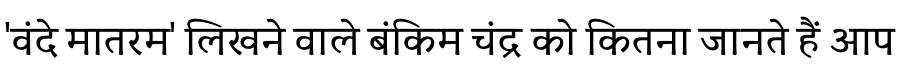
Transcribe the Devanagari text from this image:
'वंदे मातरम' लिखने वाले बंकिम चंद्र को कितना जानते हैं आप